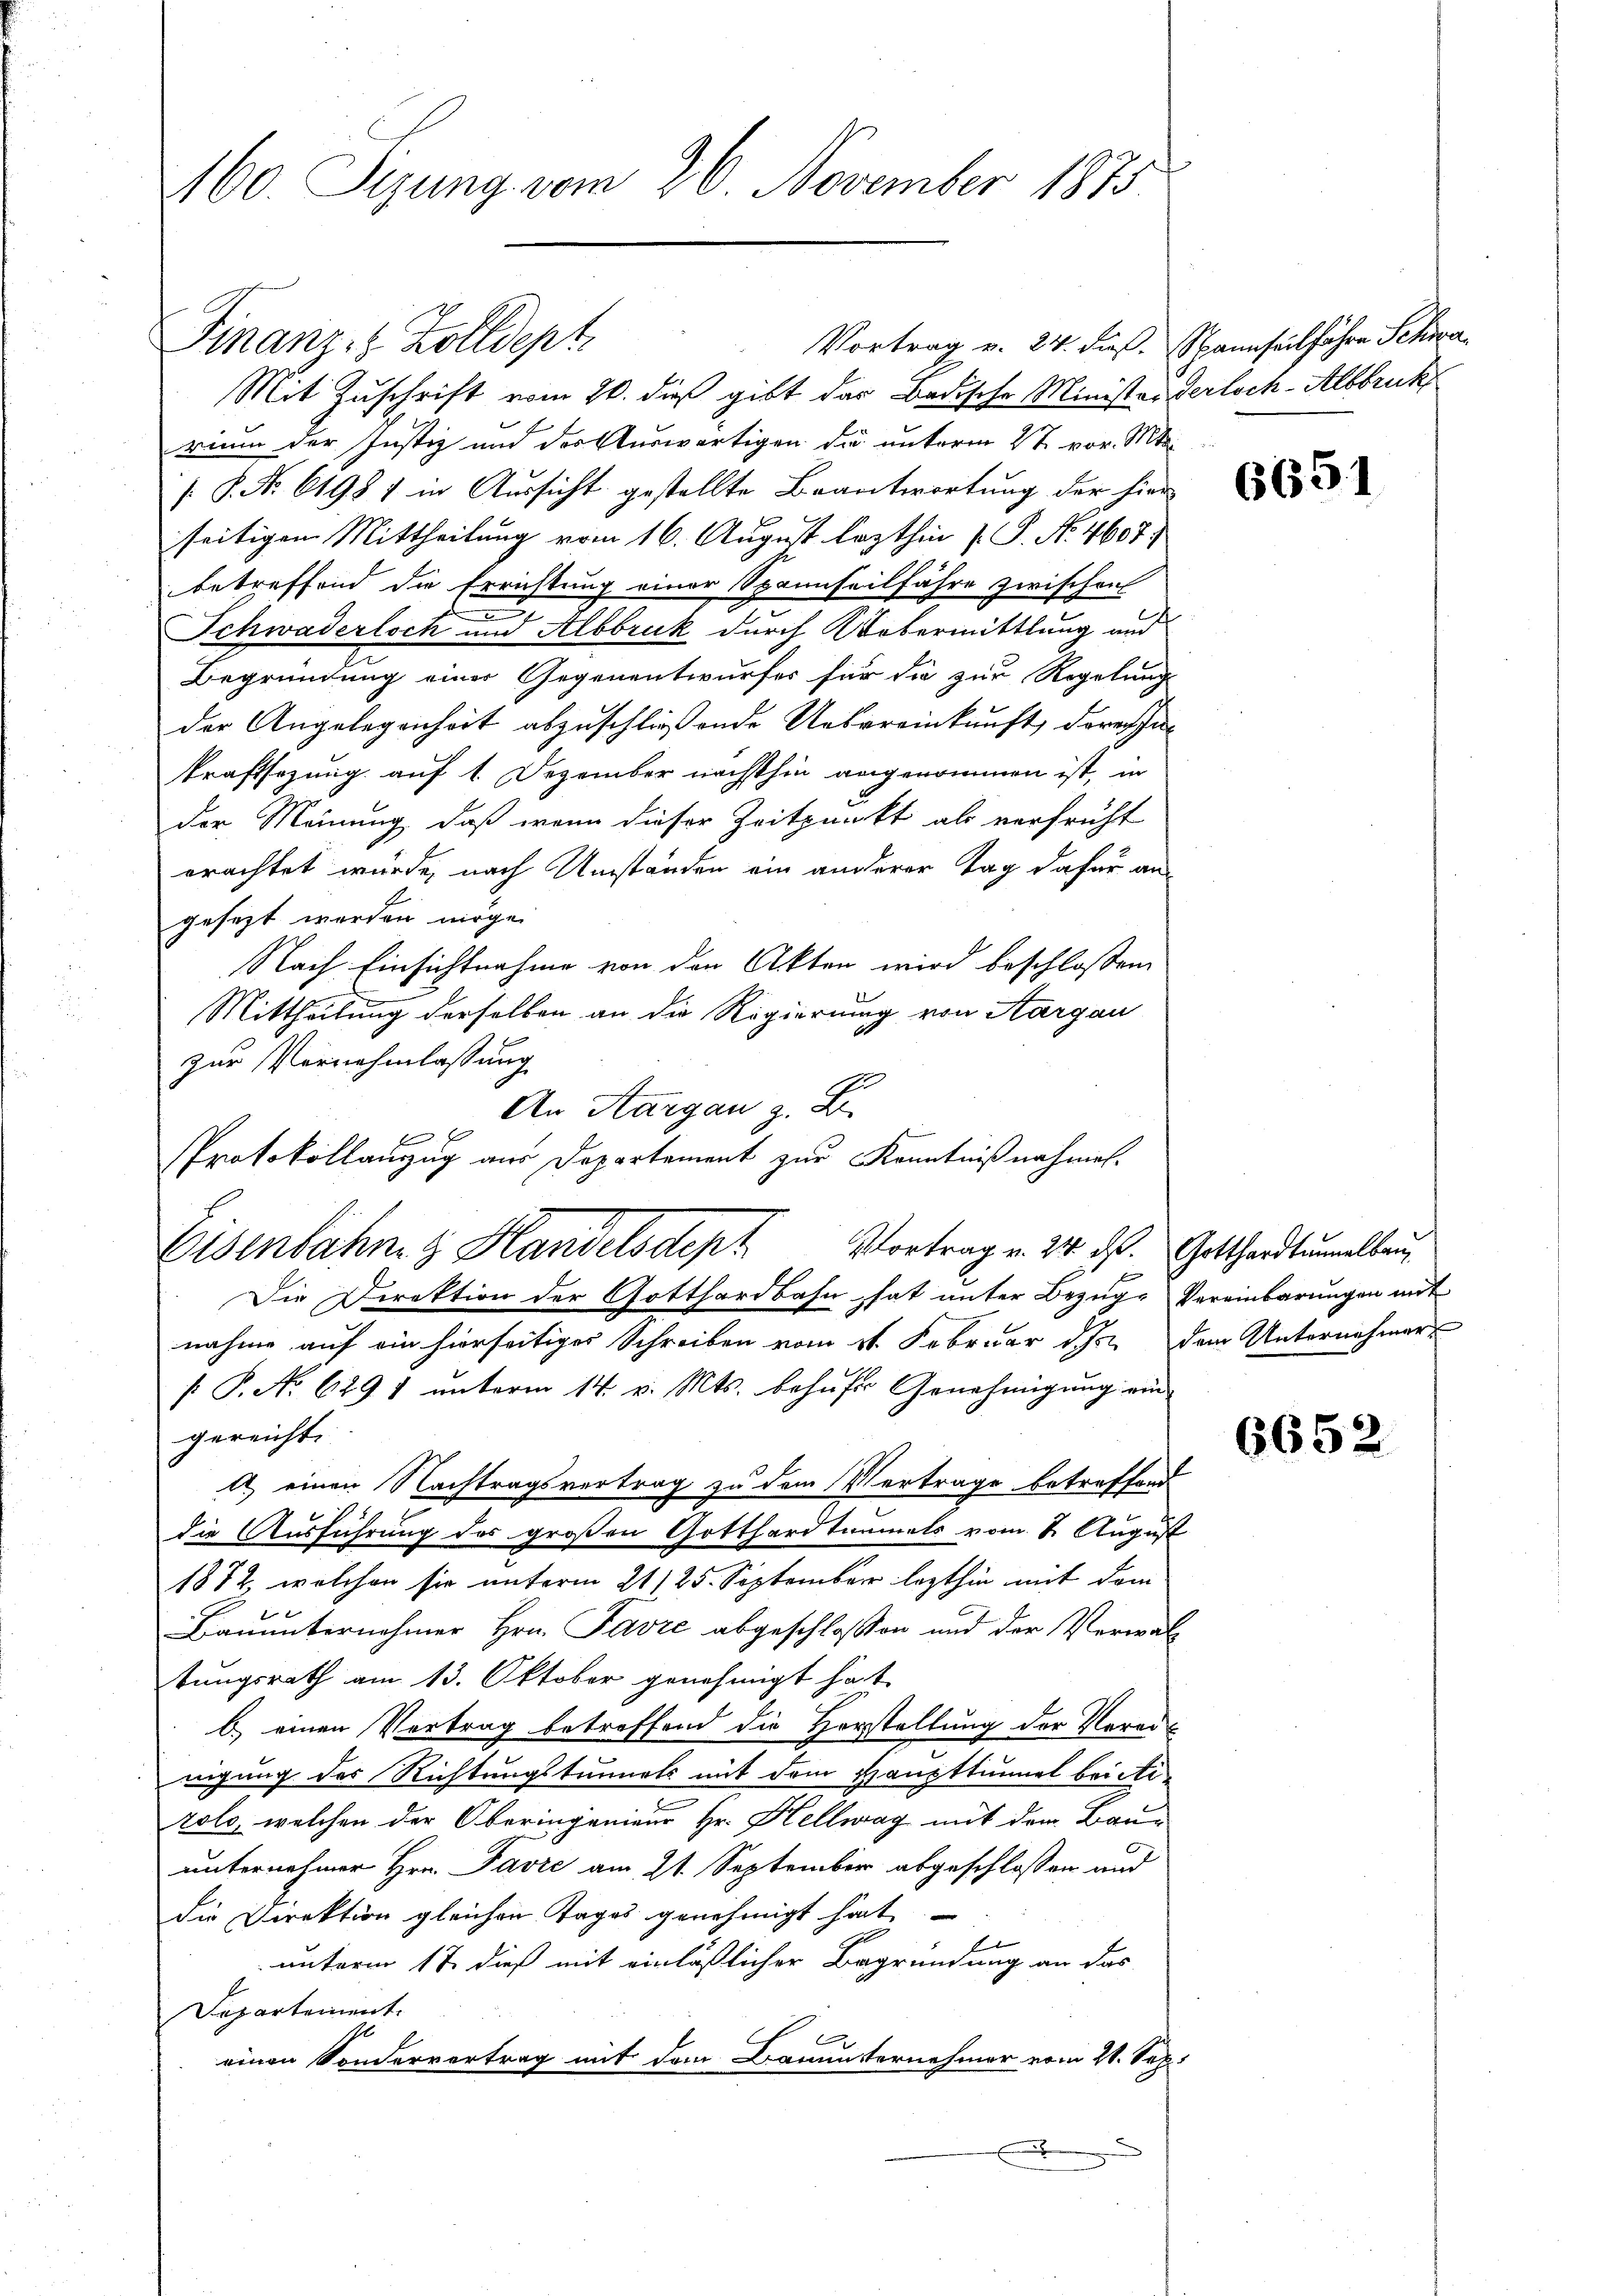
M60. Sizung vom 26. November 1875.

Vortrag v. 24. dieß. Spannseilfahre Schwa¬
Finanz-8 Zolldept.
Mit Zuschrift vom 20. dieß gibt das Badische Ministanderloch-Albbruck
rium der Justiz und des Auswärtigen die unterm 2t vor. Mts.
[S. Nr. 61987 in Aussicht gestellte Beantwortung der hier
seitigen Mittheilung vom 16. August lezthin  P. Nr. 4607.
betreffend die Errichtung einer Spannseilfahre zwischen
n
Schwaderloch und Albbruck durch Webermittlung und
Begründung einer Gegenentwurfes für die zur Regelung
der Angelegenheit abzuschließende Uebereinkunft, derengekraftsezung auf 1. Dezember nächsthin angenommen ist, in
der Meinung, daß wenn dieser Zeitpunkt als verfrüht
erachtet würde, nach Umständen ein anderer Tag dafür an
gesezt werden möge.
Nach Einsichtnahme von den Akten wird beschlossen
Mittheilung derselben an die Regierung von Aargau
zur Vernehmlassung
An Aargau z. B.
Protokollanzug aus Departement zur Kenntnißnahmeh¬
Die Direktion der Gotthardbahn hat unter Bezug, Vereinbarungen mit
nahme auf ein hierseitiges Schreiben vom 21. Februar d. J. dem Unternehmers
[ P. No 6291 unterm 14. v. Mts. behufer Genehmigung ein
gereicht
A einen Nachtragsvertrag zu dem Vertrage betreffend
die Ausführung des großen Gotthardtaumels vom 1. August
1872, welchen sie unterm 21/25. September lezthin mit dem
Bauunternehmer Hrn. Favre abgeschlossen und der Verwal-
tungsrath am 13. Oktober genehmigt hat.
b) einen Vertrag betreffend die Horstellung der Verarnigung des Richtungstunnels mit dem Haupttunnel brietirolo, welchen der Oberingenieur Hr. Hellwag mit dem Bauunternehmer Hrn. Favre am 21. September abgeschlossen und
die Direktion gleichen Tages genehmigt hat
unterm 17. dieß mit einläßlicher Begründung an das
Departement.
e
einen Sondervertrag mit dem Bauunternehmer vom 28. Sep.

Eisenbahng Handelsdept Vortrag v. 24. ds. Gotthardtummelbau

6651

6652